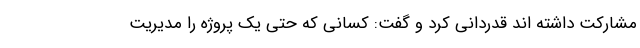
مشارکت داشته اند قدردانی کرد و گفت: کسانی که حتی یک پروژه را مدیریت